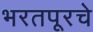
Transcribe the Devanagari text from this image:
भरतपूरचे